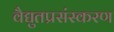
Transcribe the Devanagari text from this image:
वैद्युतप्रसंस्करण